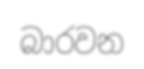
බාරවන